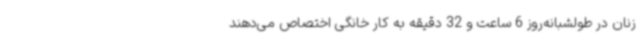
زنان در طولشبانه‌روز 6 ساعت و 32 دقیقه به کار خانگی اختصاص می‌دهند